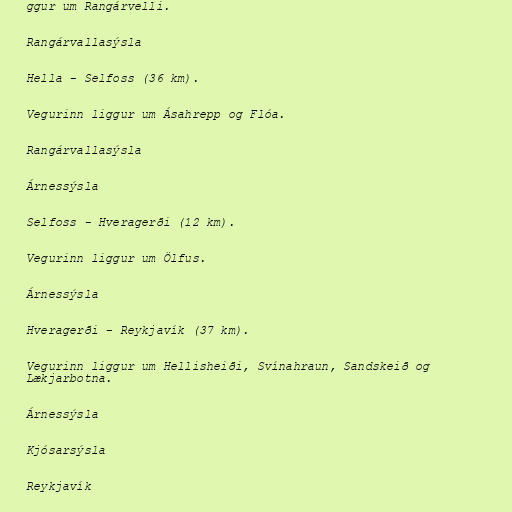
ggur um Rangárvelli.

Rangárvallasýsla

Hella - Selfoss (36 km).

Vegurinn liggur um Ásahrepp og Flóa.

Rangárvallasýsla

Árnessýsla

Selfoss - Hveragerði (12 km).

Vegurinn liggur um Ölfus.

Árnessýsla

Hveragerði - Reykjavík (37 km).

Vegurinn liggur um Hellisheiði, Svínahraun, Sandskeið og
Lækjarbotna.

Árnessýsla

Kjósarsýsla

Reykjavík